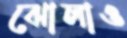
ঝোলাও